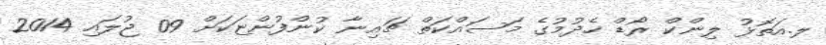
ލ.އަތޮޅު ލިންކް ރޯޑް ހެދުމުގެ މަސައްކަތް ޗައިނާ ކުންފުންޏަކަށް 09 ޖުލައި 2014